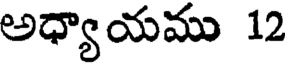
అధ్యాయము 12